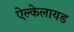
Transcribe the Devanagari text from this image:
ऐल्केलायड